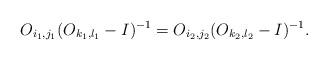
LaTeX: \begin{align*}O_{i_1, j_1}(O_{k_1,l_1}-I)^{-1}=O_{i_2, j_2}(O_{k_2,l_2}-I)^{-1}\mbox{.}\end{align*}